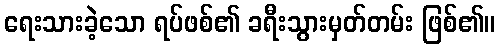
ရေးသားခဲ့သော ရပ်ဖစ်၏ ခရီးသွားမှတ်တမ်း ဖြစ်၏။